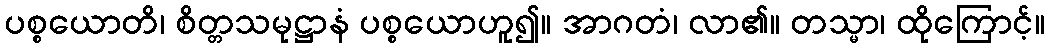
ပစ္စယောတိ၊ စိတ္တသမုဋ္ဌာနံ ပစ္စယောဟူ၍။ အာဂတံ၊ လာ၏။ တသ္မာ၊ ထိုကြောင့်။